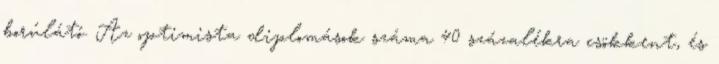
borúlátó. Az optimista diplomások száma 40 százalékra csökkent, és